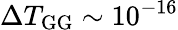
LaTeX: \Delta T_{\mathrm{GG}}\sim 10^{-16}